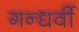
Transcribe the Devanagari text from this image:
गन्धर्वी